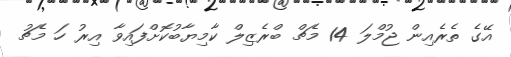
އޭގެ ތެރެއިން ޖުމްލަ 14 މެޗް ބްރެޒިލް ކާމިޔާބުކޮށްފައިވާ އިރު ހަ މެޗު